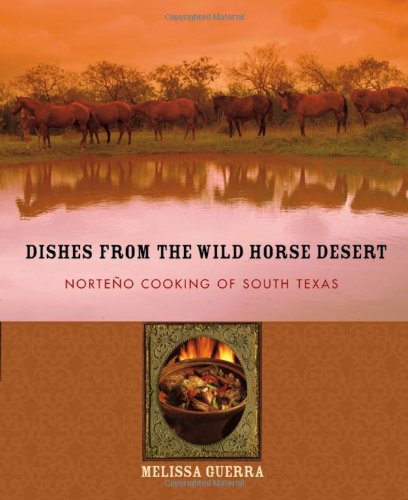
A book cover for Dishes from the Wild Horse Desert: NorteÃ±o Cooking of South Texas; Melissa Guerra; Cookbooks, Food & Wine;